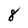
Character: 8